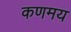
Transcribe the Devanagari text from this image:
कणमय